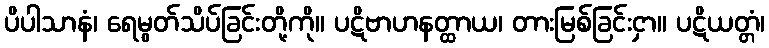
ပိပါသာနံ၊ ရေမွတ်သိပ်ခြင်းတို့ကို။ ပဋိဗာဟနတ္ထာယ၊ တားမြစ်ခြင်းငှာ။ ပဋိယတ္တံ၊